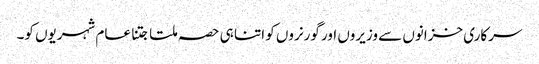
سرکاری خزانوں سے وزیروں اور گورنروں کو اتنا ہی حصہ ملتا جتنا عام شہریوں کو۔